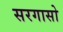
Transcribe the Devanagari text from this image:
सरगासो